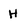
Character: H